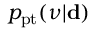
p _ { \mathrm { p t } } ( \ensuremath { \boldsymbol \nu } | \ensuremath { \mathbf d } )